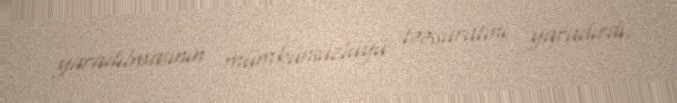
yaradılmasının mümkünsüzlüyü təəssüratını yaradırdı.